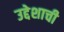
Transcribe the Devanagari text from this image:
उद्देशाची